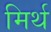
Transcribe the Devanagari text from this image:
मिर्थ